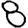
Digit: 8